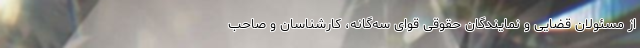
از مسئولان قضایی و نمایندگان حقوقی قوای سه‌گانه، کارشناسان و صاحب